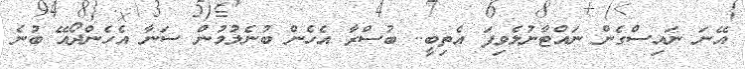
އޭނަ ނައިސްގެން ނައްޓާނުލެވިފަ އެތިބީ.. ބުސްރާ އެހެން ބުނެލުމުން ސަނާ އެހެންދޯއޭ ބުނެ